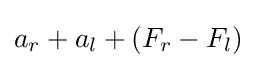
a_{r}+a_{l}+(F_{r}-F_{l})